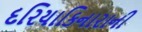
દરિયાકિનારાની